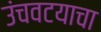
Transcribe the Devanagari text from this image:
उंचवटयाचा